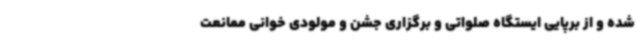
شده و از برپایی ایستگاه صلواتی و برگزاری جشن و مولودی خوانی ممانعت